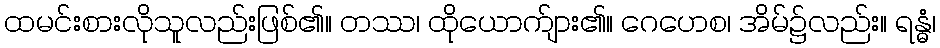
ထမင်းစားလိုသူလည်းဖြစ်၏။ တဿ၊ ထိုယောက်ျား၏။ ဂေဟေစ၊ အိမ်၌လည်း။ ရန္ဓံ၊